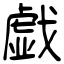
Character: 戯